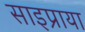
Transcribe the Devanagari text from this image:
साइप्राया